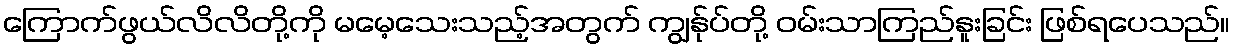
ကြောက်ဖွယ်လိလိတို့ကို မမေ့သေးသည့်အတွက် ကျွန်ုပ်တို့ ဝမ်းသာကြည်နူးခြင်း ဖြစ်ရပေသည်။